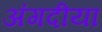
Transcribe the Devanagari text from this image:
अंगदीया